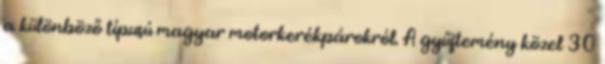
a különböző típusú magyar motorkerékpárokról. A gyűjtemény közel 30